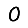
Digit: 0